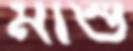
মাশু